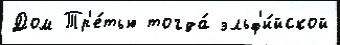
Дом Тр'е́тью тогда́ эльф'и́йской